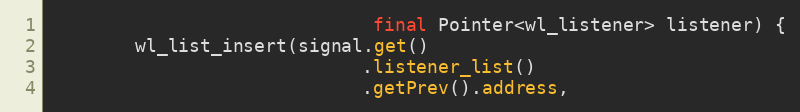
Language: Java
                              final Pointer<wl_listener> listener) {
        wl_list_insert(signal.get()
                             .listener_list()
                             .getPrev().address,